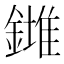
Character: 𨬉